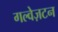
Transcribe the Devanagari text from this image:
गल्वेज़टन